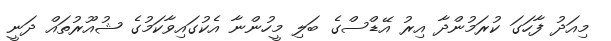
މިއަދު ފާހަގަ ކުރަމުންދާ އިރު އޭޑްސްގެ ބަލި މީހުންނާ އެކުގައިވާކަމުގެ ޝުއޫރުތައް ދަނީ